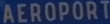
AEROPORT